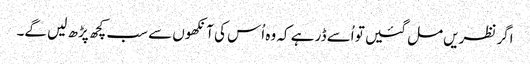
اگر نظریں مل گئیں تو اُسے ڈر ہے کہ وہ اُس کی آنکھوں سے سب کچھ پڑھ لیں گے۔